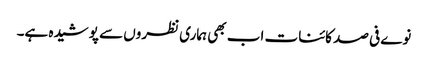
نوے فی صد کائنات اب بھی ہماری نظروں سے پوشیدہ ہے۔